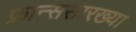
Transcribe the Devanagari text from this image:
फ्रान्ससारख्या